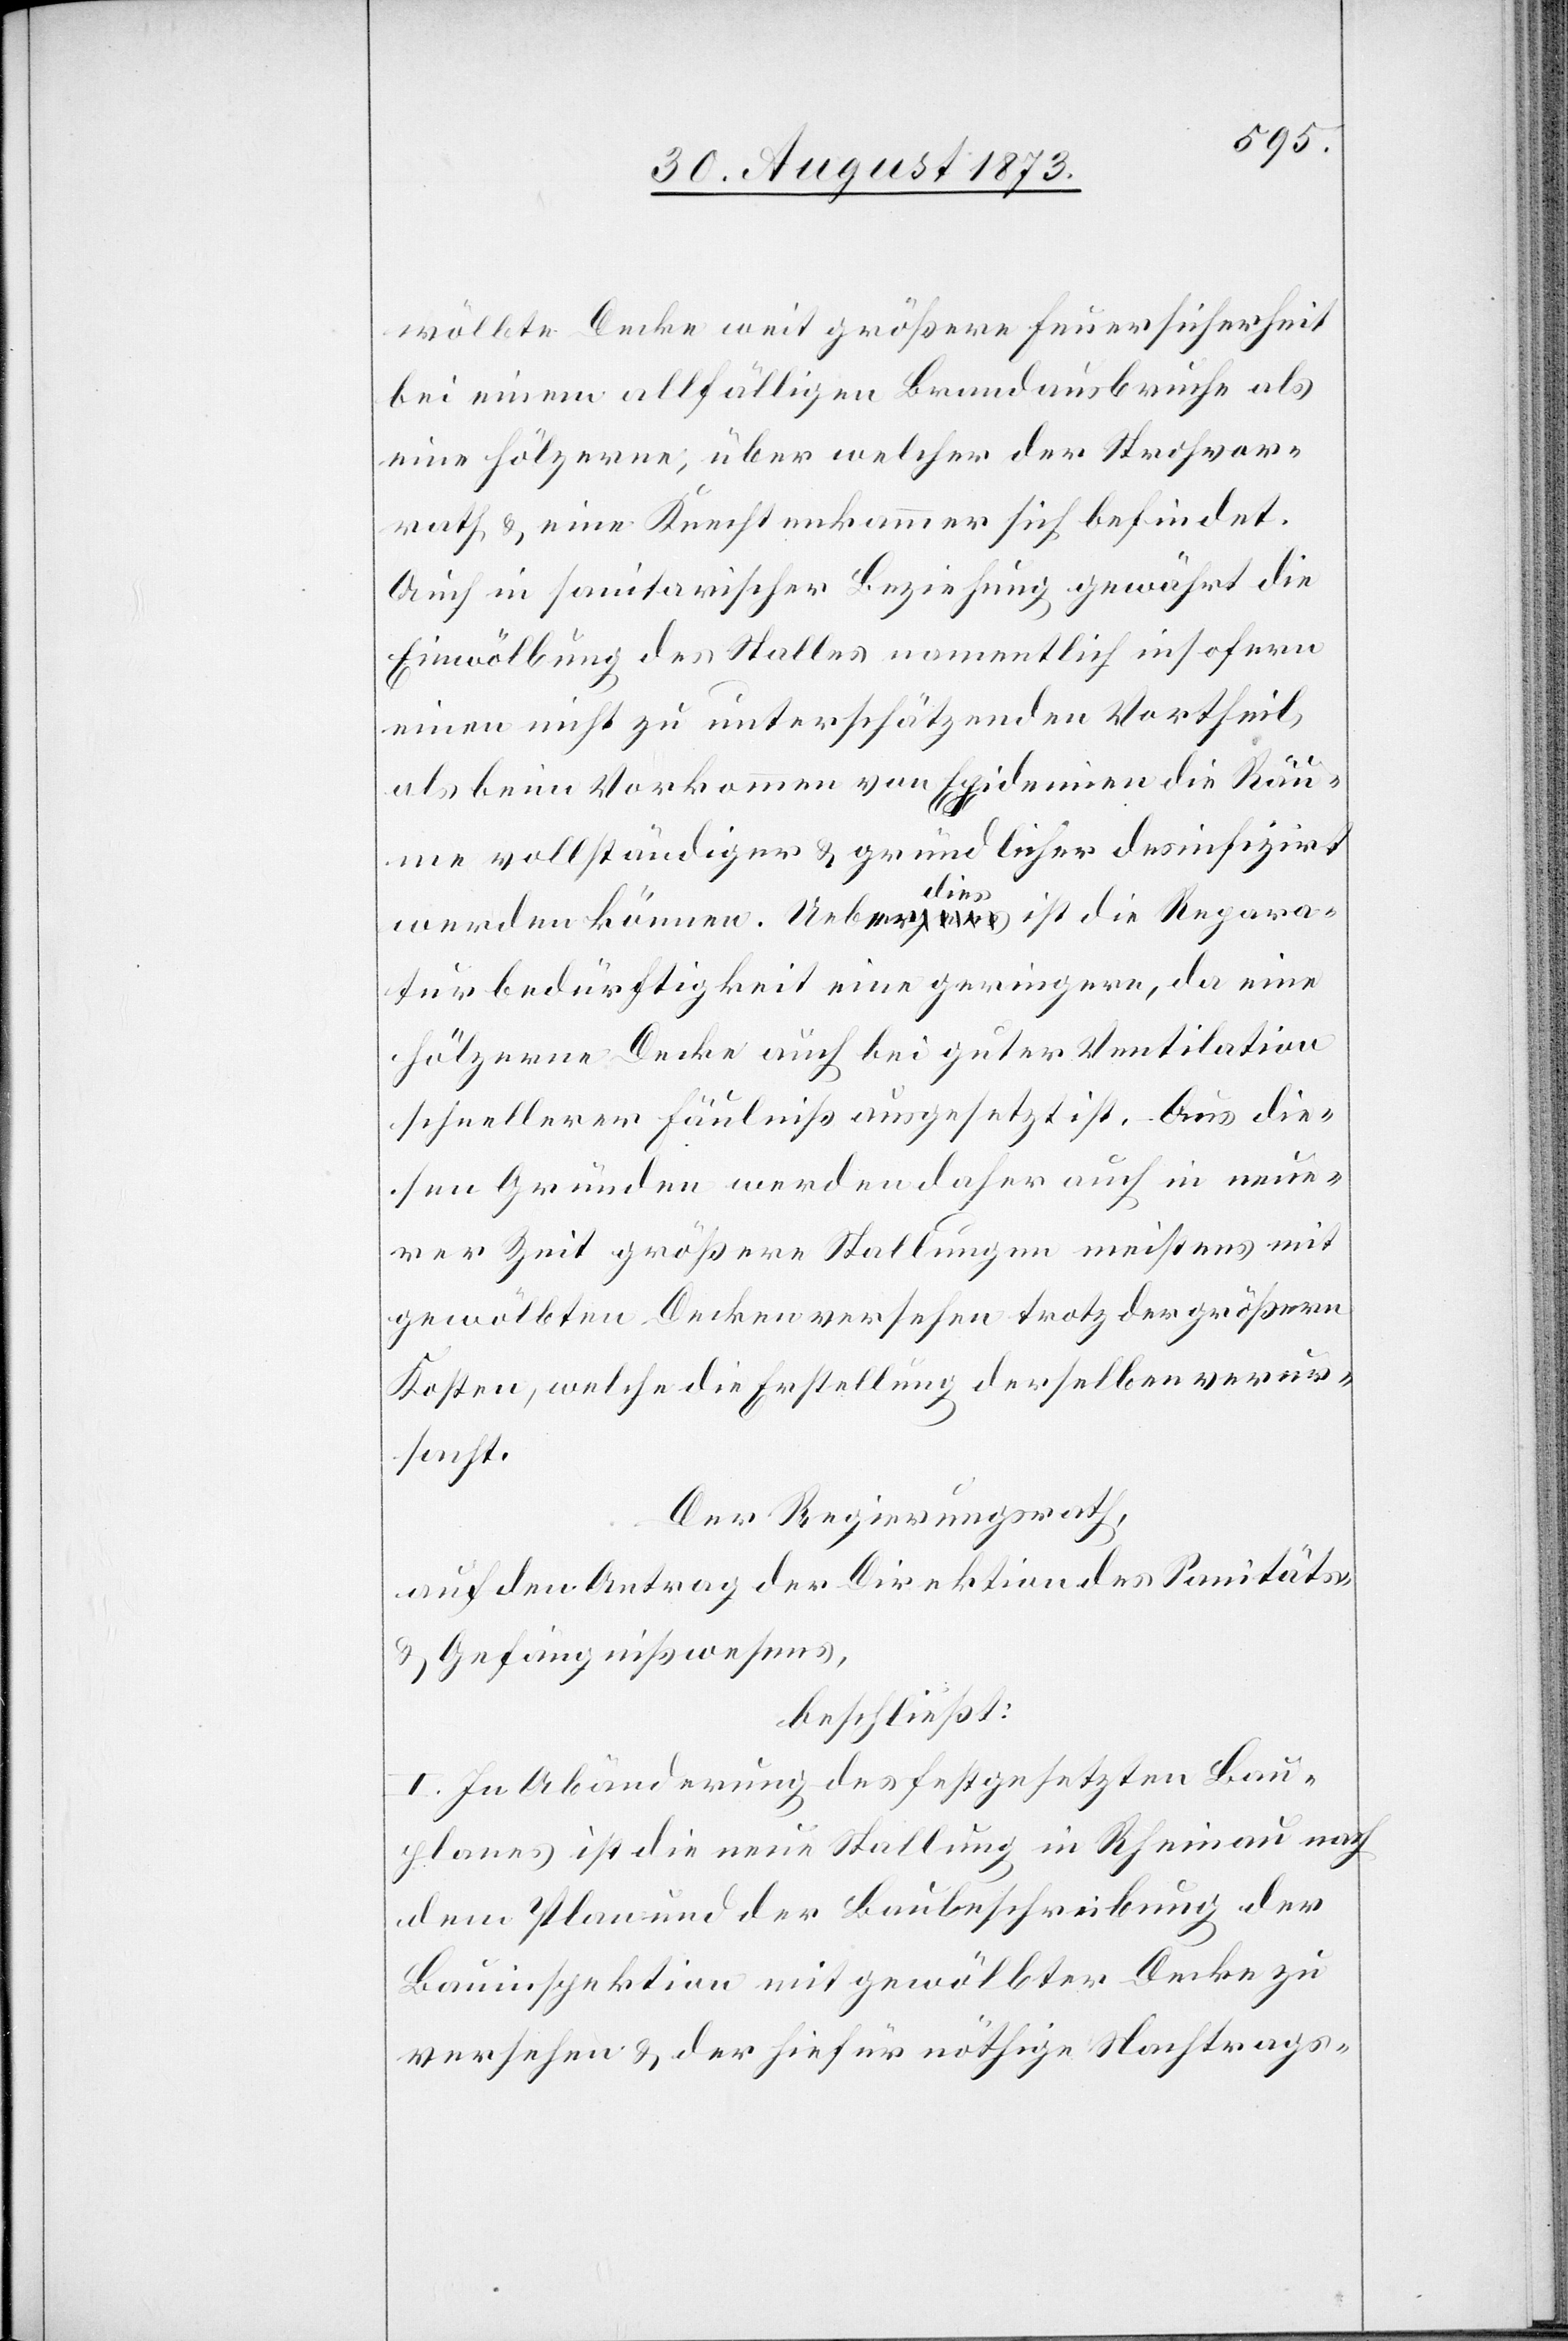
wölbte Decke weit größere Feuersicherheit
bei einem allfälligen Brandausbruche als
eine hölzerne, über welcher der Strohvor¬
rath & eine Knechtenkammer sich befindet.
Auch in sanitarischer Beziehung gewährt die
Einwölbung des Stalles namentlich insofern
einen nicht zu unterschätzenden Vortheil,
als beim Vorkommen von Epidemien die Räu¬
me vollständiger & gründlicher desinfizirt
werden können. Ueberdies ist die Repara¬
turbedürftigkeit eine geringere, da eine
hölzerne Decke auch bei guter Ventilation
schnellerer Fäulniß ausgesetzt ist. Aus die¬
sen Gründen werden daher auch in neue¬
rer Zeit größere Stallungen meistens mit
gewölbten Decken versehen trotz der größern
Kosten, welche die Erstellung derselben verur¬
sacht.
Der Regierungsrath,
auf den Antrag der Direktion des Sanitäts-
& Gefängnißwesens,
beschließt:
I. In Abänderung des festgesetzten Bau¬
planes ist die neue Stallung in Rheinau nach
dem Plan und der Baubeschreibung der
Bauinspektion mit gewölbter Decke zu
versehen & der hiefür nöthige Nachtrags-